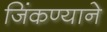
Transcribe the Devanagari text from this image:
जिंकण्याने